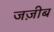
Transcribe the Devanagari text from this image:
जज़ीब